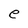
Character: e